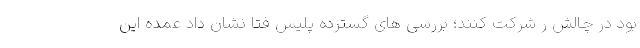
بود در چالش ر شرکت کنند؛ بررسی های گسترده پلیس فتا نشان داد عمده این